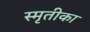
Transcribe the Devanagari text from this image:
स्मृतीका